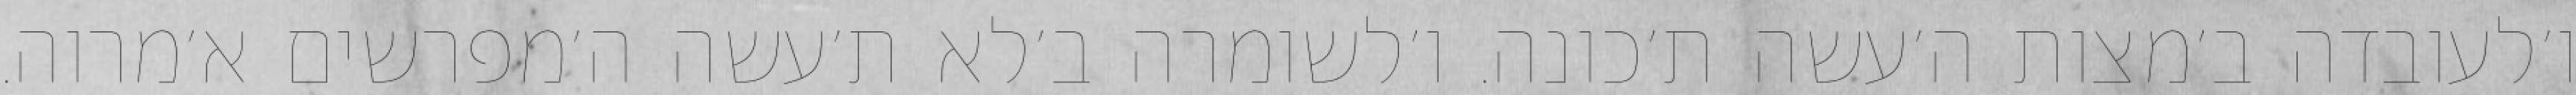
ו׳לעובדה ב׳מצות ה׳עשה ת׳כונה. ו׳לשומרה ב׳לא ת׳עשה ה׳מפרשים א׳מרוה.